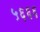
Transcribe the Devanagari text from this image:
५६६६